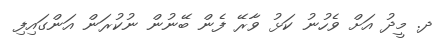
ދ. މީދު އަށް ވެހުނު ކަޅު ވާރޭ ފެން ބޭނުން ނުކުރަން އަންގައިފި